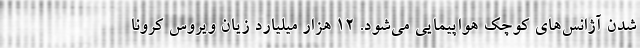
شدن آژانس‌های کوچک هواپیمایی می‌شود. ۱۲ هزار میلیارد زیان ویروس کرونا